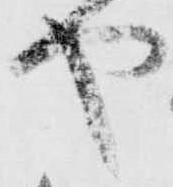
や